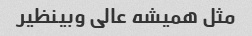
مثل همیشه عالی وبینظیر